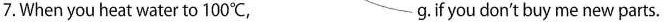
7.When you heat water to 100℃, g. if you don't buy me new parts.